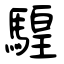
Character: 騜